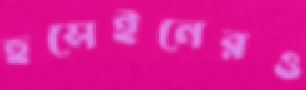
হুসেইনেরও